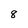
Character: 8